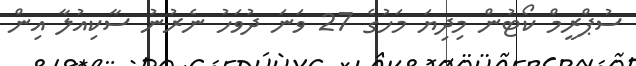
ސުޕްރީމް ކޯޓުން މިދިޔަ މަހުގެ 27 ވަނަ ދުވަހު ނެރުނު ސާކިއުލާ އިން